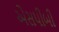
એસપીબી